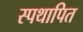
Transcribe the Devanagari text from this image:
स्पथापित